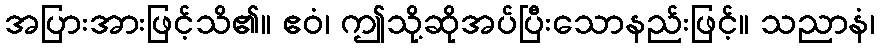
အပြားအားဖြင့်သိ၏။ ဧဝံ၊ ဤသို့ဆိုအပ်ပြီးသောနည်းဖြင့်။ သညာနံ၊